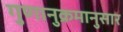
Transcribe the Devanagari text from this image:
गुणानुक्रमानुसार